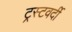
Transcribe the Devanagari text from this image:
ट्रस्टवर्दी